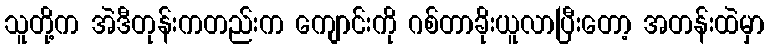
သူတို့က အဲဒီတုန်းကတည်းက ကျောင်းကို ဂစ်တာခိုးယူလာပြီးတော့ အတန်းထဲမှာ